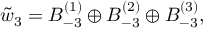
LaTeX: \tilde { w } _ { 3 } = B _ { - 3 } ^ { ( 1 ) } \oplus B _ { - 3 } ^ { ( 2 ) } \oplus B _ { - 3 } ^ { ( 3 ) } ,